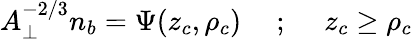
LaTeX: A_{\perp}^{-2/3}n_{b}=\Psi(z_{c},\rho_{c})~~~~~;~~~~~z_{c}\geq\rho_{c}